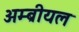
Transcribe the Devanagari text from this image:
अम्ब्रीयल